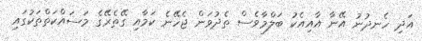
އަދި ހެނދުނު އޭނާ އާއިއެކު ބަލްމާވެސް ތެދުވަން ޖެހޭނެ ކަމާއި ގޭތެރޭގެ މަސައްކަތްތަކުގައި